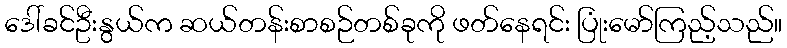
ဒေါ်ခင်ဦးနွယ်က ဆယ်တန်းစာစဉ်တစ်ခုကို ဖတ်နေရင်း ပြုံးမော်ကြည့်သည်။